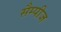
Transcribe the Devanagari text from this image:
सैम्पीज